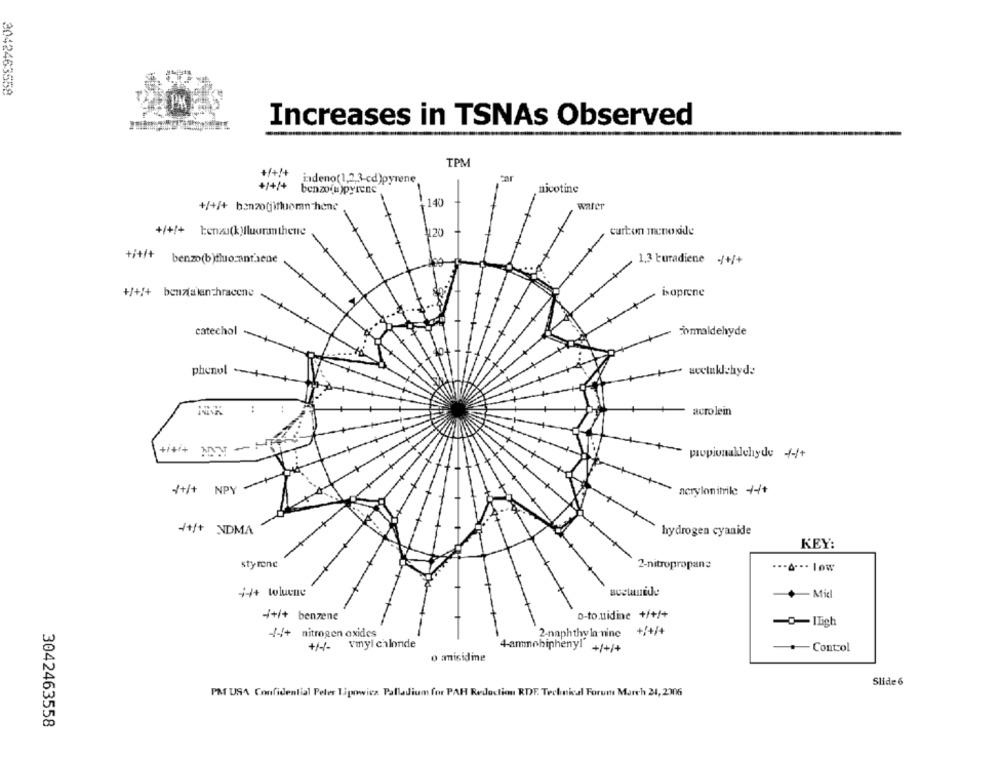
3042463558
Increases in TSNAs Observed
TPM
+/+!+
indeno(1,2,3-cd)pyrene
Car
+/+/+ benzo(u)pyrene
nicotine
.140
warer
+/+/+ hanzofjifluoman hene
+/+/+ tenk Mluorathene
120
curto monoxide
benzo(b)tho:ant.sene
1,3 turadiene -/+/+
+/+/+ benzfalan-hracene
isaprene
catechol
Formaldehyde
acclaklchyd:
phenol -+
NIK
acro lein
+++
propionaldehyde 4-/+
1+1+
NPY
acrylonitrile +++
4+/+ NDMA
hydrogen cyanide
KEY:
styrene
2-nitropropan:
..- &- -. low
44+ toluene
Mid
-i+i+ benzene
o-to.uidine +/+/+
-/-/+ nitrogen oxides
2-naphthy In-nine +/+/+
+/-/- vmyl chalonde
4-ammobiphenyl +/+/+
Contol
o misidie
Slide 6
PM USA Confidential Peler Tipowicz Palladium for PAR Redaction RDF. Technical Forum March 24,2306
3042463558